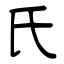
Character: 氏